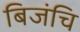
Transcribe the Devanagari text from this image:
बिजंचि